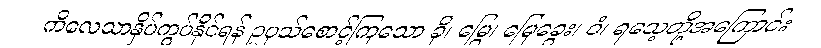
ကိလေသာနှိပ်ကွပ်နိုင်ရန် ဥပုသ်စောင့်ကြသော ခို၊ မြွေ၊ မြေခွေး၊ ဝံ၊ ရသေ့တို့အကြောင်း